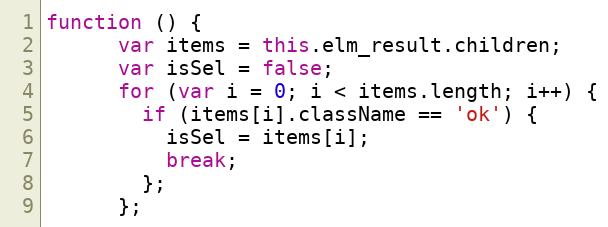
Language: JavaScript
function () {
      var items = this.elm_result.children;
      var isSel = false;
      for (var i = 0; i < items.length; i++) {
        if (items[i].className == 'ok') {
          isSel = items[i];
          break;
        };
      };